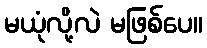
မယုံလို့လဲ မဖြစ်ပေ။